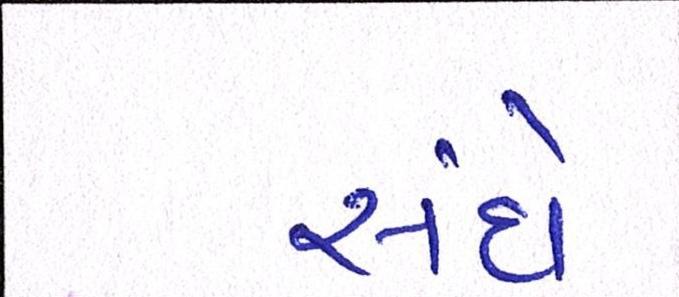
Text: સંઘે